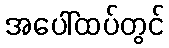
အပေါ်ထပ်တွင်